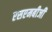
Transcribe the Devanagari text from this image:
एसएमबीजी